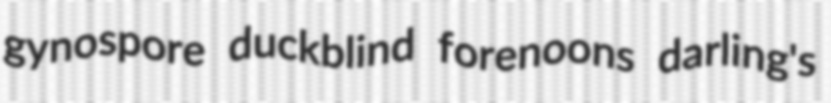
gynospore duckblind forenoons darling's